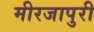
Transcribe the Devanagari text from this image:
मीरजापुरी